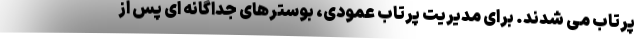
پرتاب می شدند. برای مدیریت پرتاب عمودی، بوسترهای جداگانه ای پس از